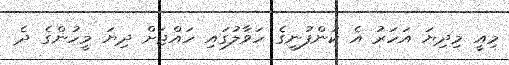
މިއީ މިދިޔަ އަހަރު އެ ކުންފުނީގެ ހަވާލުގައި ހައްޖަށް ދިޔަ މީހުންގެ ދެ